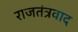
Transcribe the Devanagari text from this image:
राजतंत्रवाद